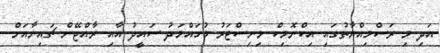
އަދި މި ރަސްމިއްޔާތުގައި އިކްނޮމިކް މިނިސްޓަރު މުހައްމަދު ސައީދު އާއި ރާއްޖޭން ޗައިނާއަށް